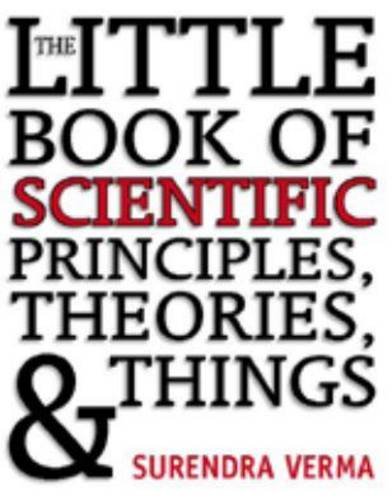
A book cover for The Little Book of Scientific Principles; Surendra Verma; Science & Math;